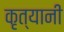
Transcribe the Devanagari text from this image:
कृत्यानी